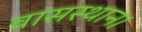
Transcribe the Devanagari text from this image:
वासस्थान।